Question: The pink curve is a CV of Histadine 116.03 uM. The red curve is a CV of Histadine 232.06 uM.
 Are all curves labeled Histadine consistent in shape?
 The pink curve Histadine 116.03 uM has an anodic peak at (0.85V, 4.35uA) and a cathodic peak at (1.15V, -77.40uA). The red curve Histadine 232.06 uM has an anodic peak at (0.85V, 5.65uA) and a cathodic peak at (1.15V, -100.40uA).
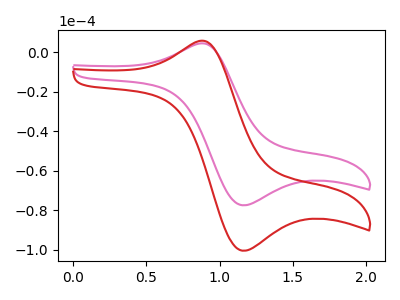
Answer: <think>All the peaks in "Histadine 116.03 uM" have a peak in "Histadine 232.06 uM" at the same potential. Every peak in "Histadine 116.03 uM" is lower than every peak in "Histadine 232.06 uM".
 </think>
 <answer>All the CV's of "Histadine" have similar shape.</answer>
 <eval>follow_rule</eval>